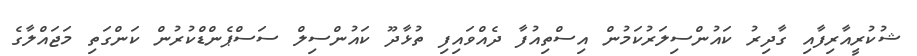
ޝުކުރީއާރިފާއި ގާދިރު ކައުންސިލަރުކަމުން އިސްތިއުފާ ދެއްވައިފި ތުޅާދޫ ކައުންސިލް ސަސްޕެންޑްކުރުން ކަންގަތި މަޖައްލާގެ